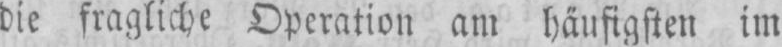
die fragliche Operation am häufigsten im